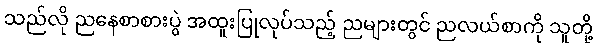
သည်လို ညနေစာစားပွဲ အထူးပြုလုပ်သည့် ညများတွင် ညလယ်စာကို သူတို့